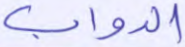
الدواب